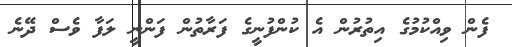
ފެން ވިއްކުމުގެ އިތުރުން އެ ކުންފުނީގެ ފަރާތުން ފަންނީ ލަފާ ވެސް ދޭނެ